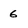
Character: 6